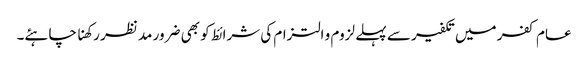
عام کفر میں تکفیر سے پہلے لزوم و التزام کی شرائط کو بھی ضرور مد نظر رکھنا چاہئے۔